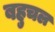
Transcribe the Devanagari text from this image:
बहुचल